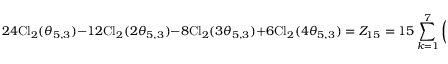
2 4 \mathrm { C l } _ { 2 } ( \theta _ { 5 , 3 } ) - 1 2 \mathrm { C l } _ { 2 } ( 2 \theta _ { 5 , 3 } ) - 8 \mathrm { C l } _ { 2 } ( 3 \theta _ { 5 , 3 } ) + 6 \mathrm { C l } _ { 2 } ( 4 \theta _ { 5 , 3 } ) = Z _ { 1 5 } = 1 5 \sum _ { k = 1 } ^ { 7 } \left( \frac { k } { 1 5 } \right) \mathrm { C l } _ { 2 } \left( \frac { 2 \pi k } { 1 5 } \right)